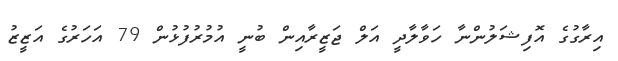
އިރާގުގެ އޮފިޝަލުންނާ ހަވާލާދީ އަލް ޖަޒީރާއިން ބުނީ އުމުރުފުޅުން 79 އަހަރުގެ އަޒީޒު